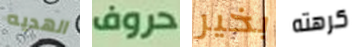
الهديه حروف بخير كرهته